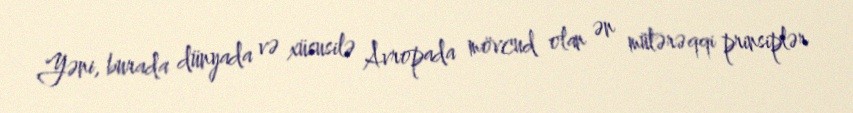
Yəni, burada dünyada və xüsusilə Avropada mövcud olan ən mütərəqqi prinsiplər